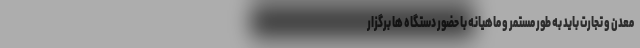
معدن و تجارت باید به طور مستمر و ماهیانه با حضور دستگاه ها برگزار